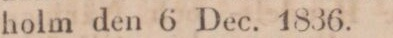
holm den 6 Dec. 1836.